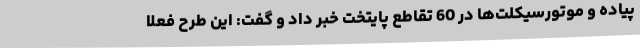
پیاده و موتورسیکلت‌ها در 60 تقاطع پایتخت خبر داد و گفت: این طرح فعلا